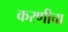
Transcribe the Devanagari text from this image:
करणीचा